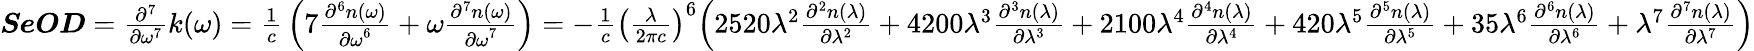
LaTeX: {\begin{array}{l}{{\boldsymbol{\mathit{SeOD}}}={\frac{{\partial}^{7}}{\partial{\omega}^{\mathrm{7}}}}k\mathrm{(}\omega\mathrm{)}={\frac{\mathrm{1}}{c}}\left(\mathrm{7}{\frac{{\partial}^{6}n\mathrm{(}\omega\mathrm{)}}{{\partial\omega}^{\mathrm{6}}}}+\omega{\frac{{\partial}^{7}n\mathrm{(}\omega\mathrm{)}}{{\partial\omega}^{\mathrm{7}}}}\right)={-}{\frac{\mathrm{1}}{c}}{\left({\frac{\lambda}{\mathrm{2}\pi c}}\right)}^{\mathrm{6}}{\Bigl(}\mathrm{2520}{\lambda}^{\mathrm{2}}{\frac{{\partial}^{2}n\mathrm{(}\lambda\mathrm{)}}{\partial{\lambda}^{\mathrm{2}}}}+\mathrm{4200}{\lambda}^{\mathrm{3}}{\frac{{\partial}^{3}n\mathrm{(}\lambda\mathrm{)}}{\partial{\lambda}^{\mathrm{3}}}}+\mathrm{2100}{\lambda}^{\mathrm{4}}{\frac{{\partial}^{4}n\mathrm{(}\lambda\mathrm{)}}{\partial{\lambda}^{\mathrm{4}}}}+\mathrm{420}{\lambda}^{\mathrm{5}}{\frac{{\partial}^{5}n\mathrm{(}\lambda\mathrm{)}}{\partial{\lambda}^{\mathrm{5}}}}+\mathrm{35}{\lambda}^{\mathrm{6}}{\frac{{\partial}^{6}n\mathrm{(}\lambda\mathrm{)}}{\partial{\lambda}^{\mathrm{6}}}}+{\lambda}^{\mathrm{7}}{\frac{{\partial}^{7}n\mathrm{(}\lambda\mathrm{)}}{\partial{\lambda}^{\mathrm{7}}}}{\Bigr)}}\end{array}}